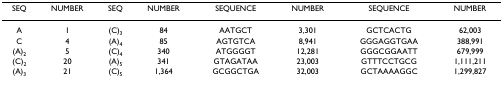
<table><thead><tr><td><b>SEQ</b></td><td><b>NUMBER</b></td><td><b>SEQ</b></td><td><b>NUMBER</b></td><td><b>SEQUENCE</b></td><td><b>NUMBER</b></td><td><b>SEQUENCE</b></td><td><b>NUMBER</b></td></tr></thead><tbody><tr><td>A</td><td>1</td><td>(C)<sub>3</sub></td><td>84</td><td>AATGCT</td><td>3,301</td><td>GCTCACTG</td><td>62,003</td></tr><tr><td>C</td><td>4</td><td>(A)<sub>4</sub></td><td>85</td><td>AGTGTCA</td><td>8,941</td><td>GGGAGGTGAA</td><td>388,991</td></tr><tr><td>(A)<sub>2</sub></td><td>5</td><td>(C)<sub>4</sub></td><td>340</td><td>ATGGGGT</td><td>12,281</td><td>GGGCGGAATT</td><td>679,999</td></tr><tr><td>(C)<sub>2</sub></td><td>20</td><td>(A)<sub>5</sub></td><td>341</td><td>GTAGATAA</td><td>23,003</td><td>GTTTCCTGCG</td><td>1,111,211</td></tr><tr><td>(A)<sub>3</sub></td><td>21</td><td>(C)<sub>5</sub></td><td>1,364</td><td>GCGGCTGA</td><td>32,003</td><td>GCTAAAAGGC</td><td>1,299,827</td></tr></tbody></table>